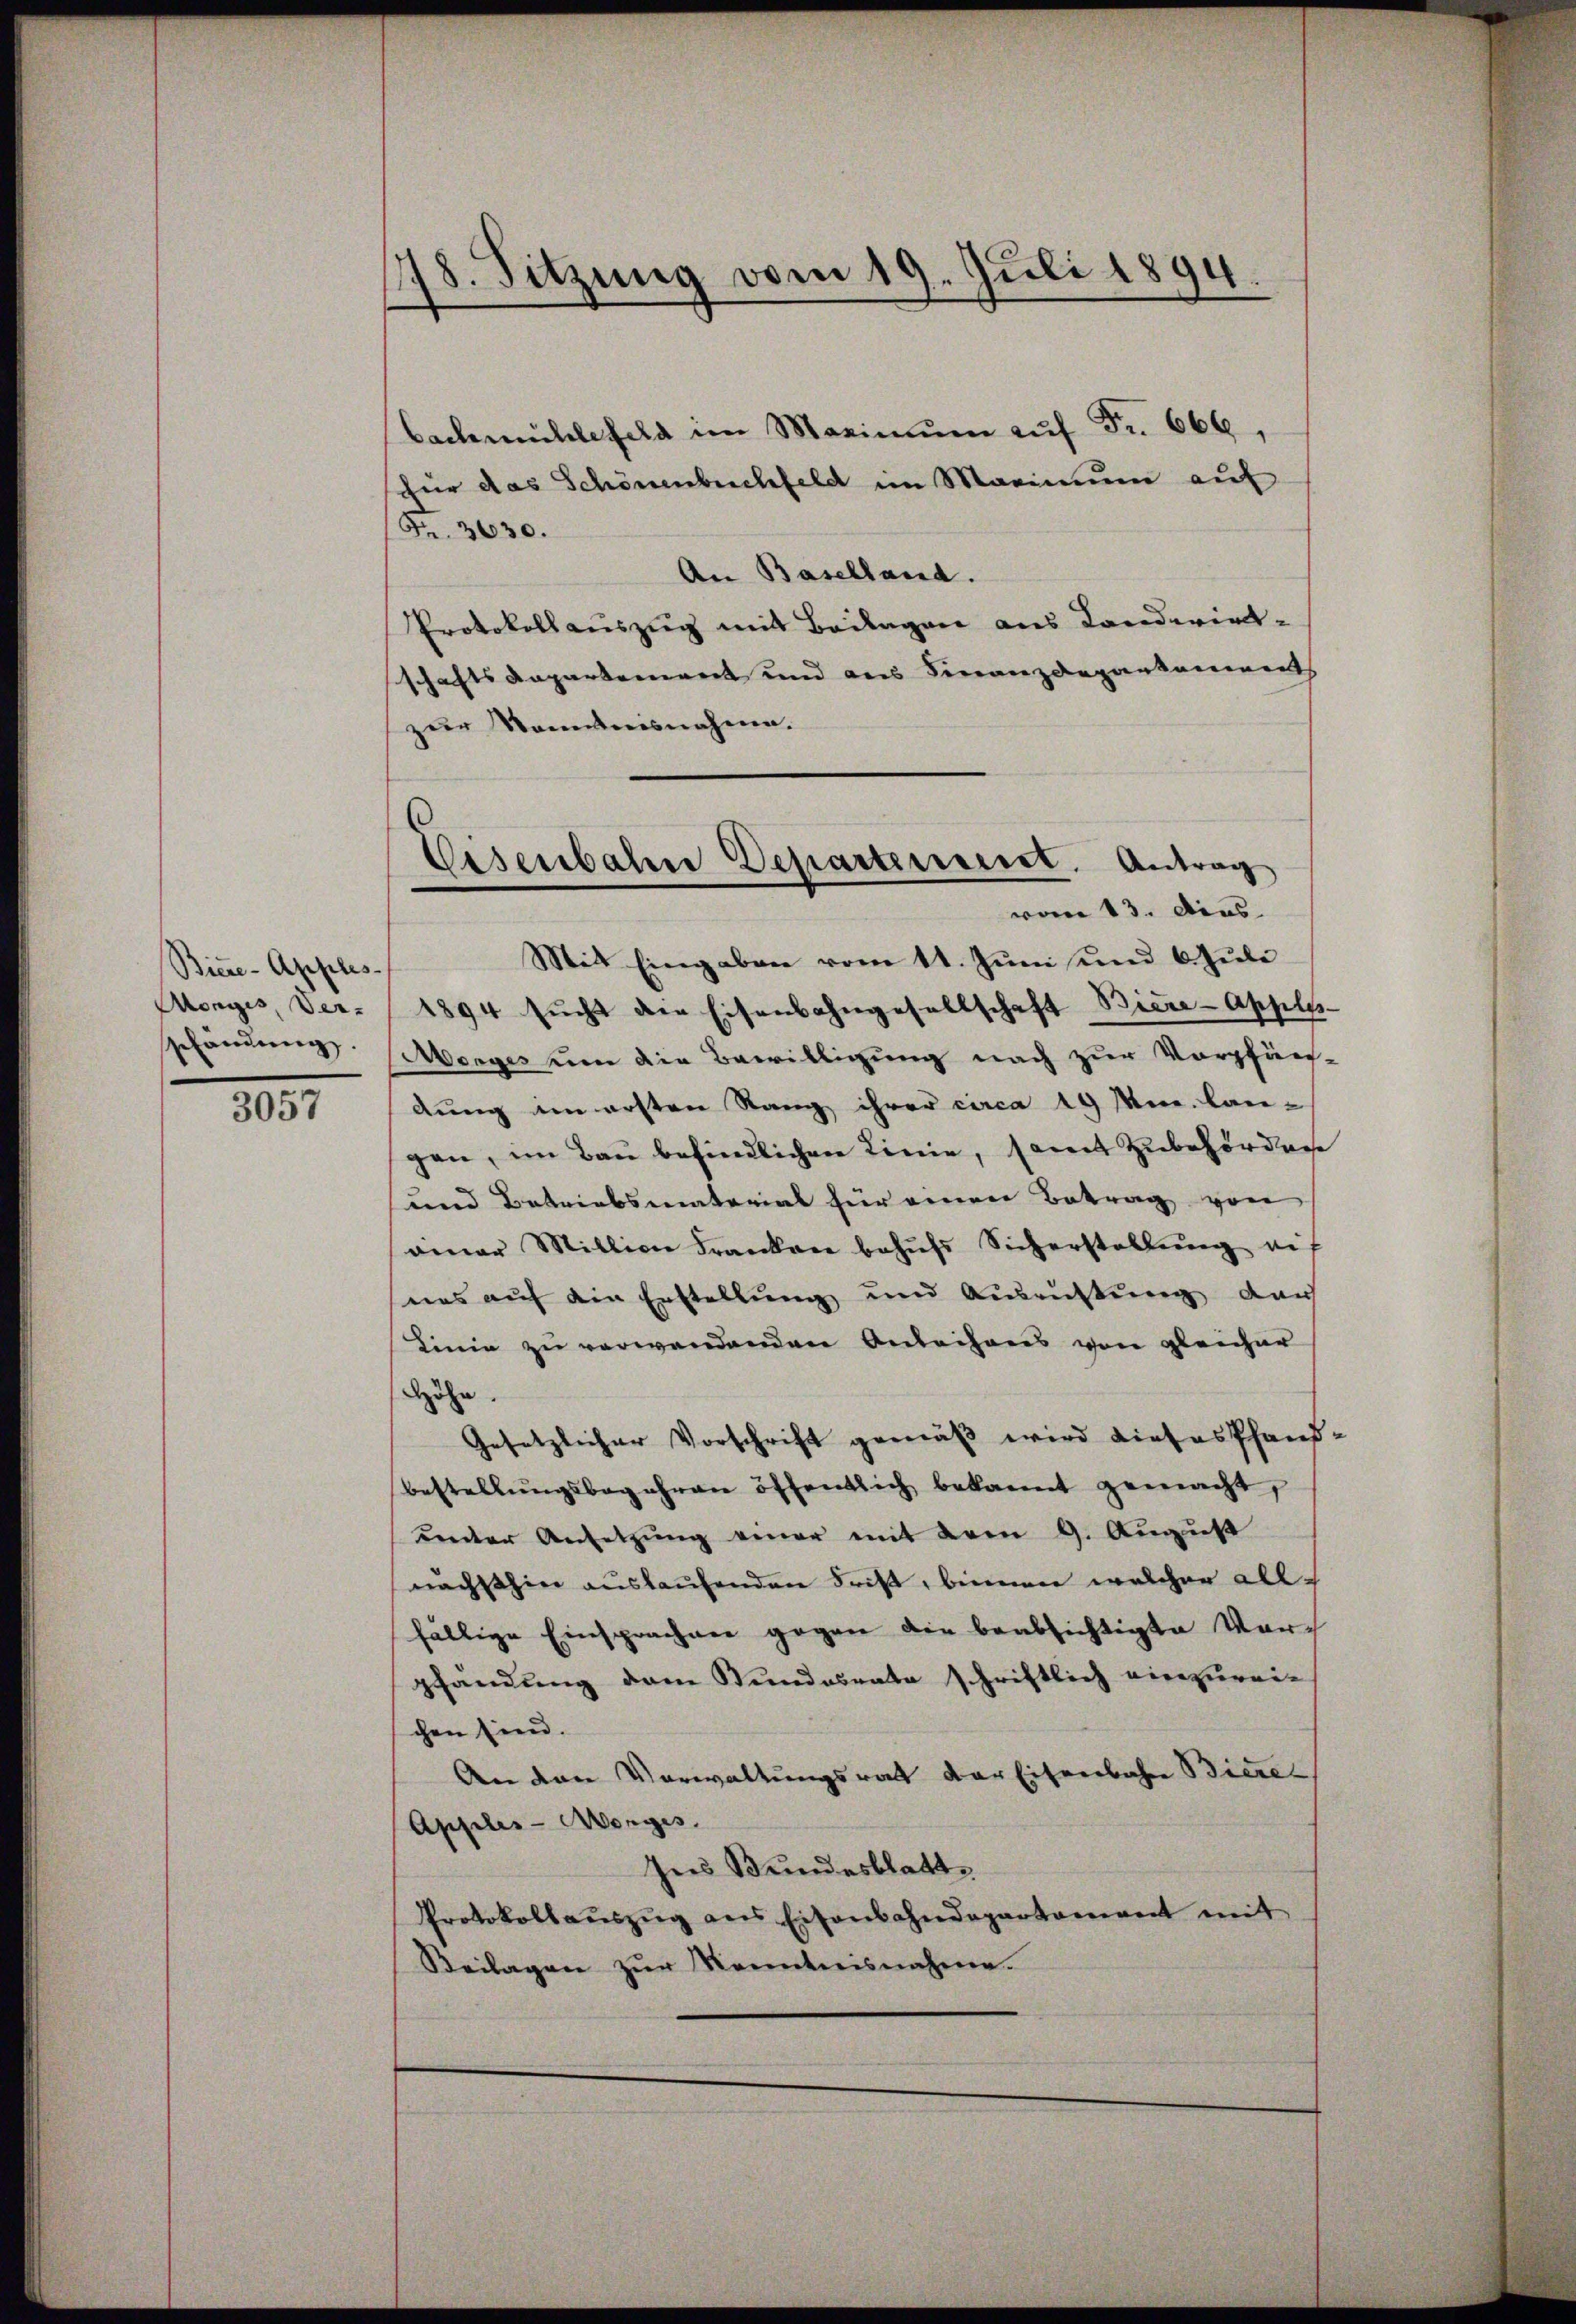
Biere-Apples-
Monges, Ver-
shändung.

3057

178. Sitzung vom 19. Juli 1894
.

Bachmühlefeld im Maximŭm aŭf Fr. 666,
für das Schönenbuchfeld im Marinum auf
Fr. 3630.
An Baselland.
Protokollauszug mit Beilagen aus Landwirtschaftsdepartement und aus Finanzdepartements
zur Kenntnisnahme.
Mit Eingaben vom 11. Juni und 6 Juli
1894 sŭcht die Eisenbahngesellschaft Biere-Appls-
Morges um die Bewilligung nach zur Vorpfän-
dung im ersten Rang ihrer circa 19 Min. lan-
gen, im Bau befindlichen Linie, samt Zubehördene
und Betriebsmaterial für einen Betrag von
ainer Million Franken behŭfs Sicherstellŭng aus
nas auf die Erstellung und Ausrichtung durch
Linie zu verwendenden Anleihens von gleicher
Höhe.
Gesetzlicher Vorschrift gemäß wird dieses Pfand-
bestellŭngsbegehren öffentlich bekannt gemacht,
reeder Ansetzung einer mit vom 9. August
nachsthin auslaufenden Frist, beinen welcher all-
fällige Einsprachen gegen die beabsichtigte Ver-
pfandung dem Stundesrate schriftlich einzureichen sind.
An den Verwaltungsrath der Eisenbahre Biere
Apples-Morges.
Ins Bundesblatte
Protokollauszug aus Eisenbahndepartament mit
Beilagen zur Kenntnisnahme.

¬
Visenbahne Departenseret. Antrag
vom 13. Dies